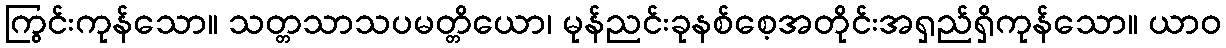
ကြွင်းကုန်သော။ သတ္တသာသပမတ္တိယော၊ မုန်ညင်းခုနစ်စေ့အတိုင်းအရှည်ရှိကုန်သော။ ယာဝ